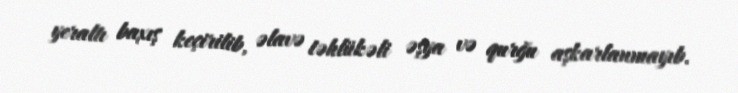
yeraltı baxış keçirilib, əlavə təhlükəli əşya və qurğu aşkarlanmayıb.